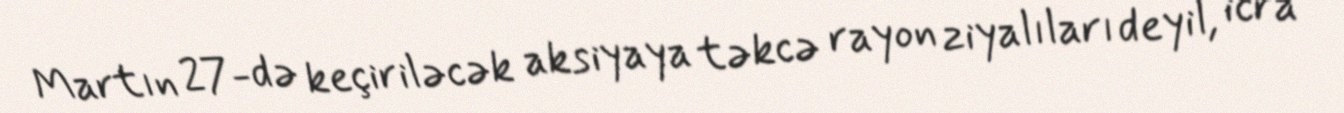
Martın 27-də keçiriləcək aksiyaya təkcə rayon ziyalıları deyil, icra